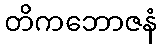
တိကဘောဇနံ